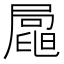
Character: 𡳟